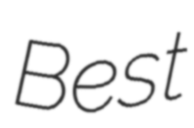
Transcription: Best